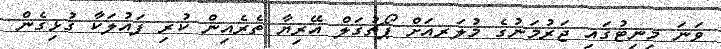
ވަނަ މިނިޓުގައި ޖަރުމަނުގެ މުލަރއަށް ޕޯޗުގަލް އޭރިޔާ ތެރެއިން ކުރި ފައުލަކާ ގުޅިގެން